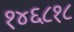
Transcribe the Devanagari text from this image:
१४६८१८